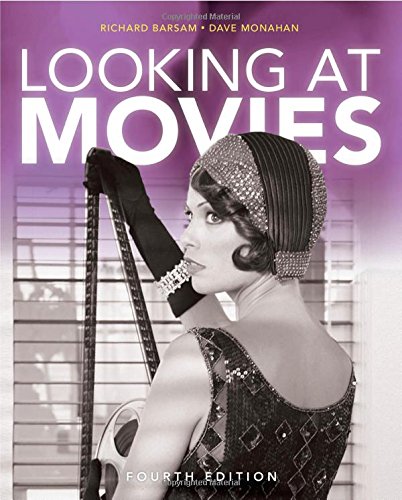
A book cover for Looking at Movies: An Introduction to Film, 4th Edition; Richard Barsam; Humor & Entertainment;